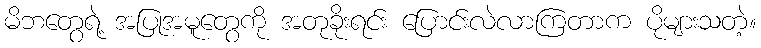
မိဘတွေရဲ့ အပြုအမူတွေကို အတုခိုးရင်း ပြောင်းလဲလာကြတာက ပိုများသတဲ့။